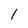
Character: 1